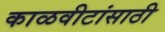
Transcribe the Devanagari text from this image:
काळवीटांसाठी